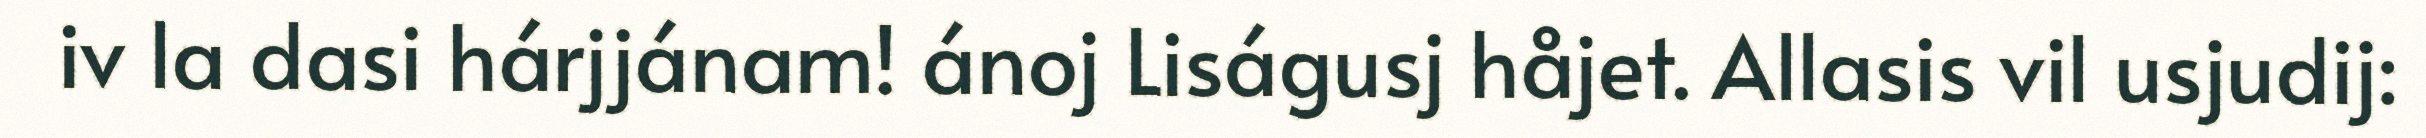
iv la dasi hárjjánam! ánoj Liságusj håjet. Allasis vil usjudij: